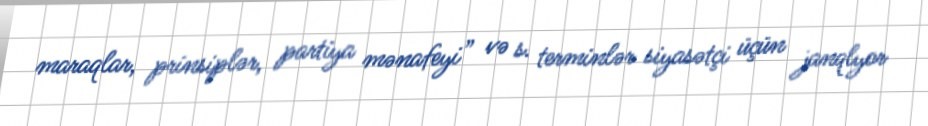
maraqlar, prinsiplər, partiya mənafeyi” və s. terminlər siyasətçi üçün janqlyor